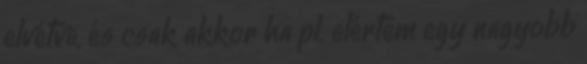
elvétve, és csak akkor ha pl. elértem egy nagyobb